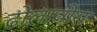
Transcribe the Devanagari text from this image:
ढोलावीरा